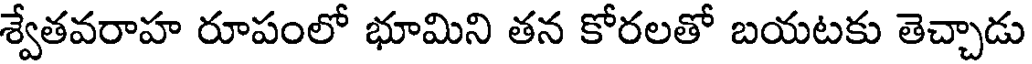
శ్వేతవరాహ రూపంలో భూమిని తన కోరలతో బయటకు తెచ్చాడు